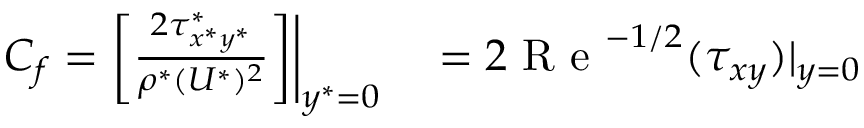
\begin{array} { r l } { C _ { f } = \biggl [ \frac { 2 \tau _ { x ^ { * } y ^ { * } } ^ { * } } { \rho ^ { * } ( U ^ { * } ) ^ { 2 } } \biggr ] \biggl | _ { y ^ { * } = 0 } } & { { } = 2 \textrm { R e } ^ { - 1 / 2 } ( \tau _ { x y } ) | _ { y = 0 } } \end{array}